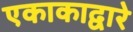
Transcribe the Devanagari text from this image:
एकाकाद्वारे